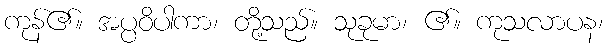
ကုန်၏။ အပ္ပဝိပါကာ၊ တို့သည်။ သုခုမာ၊ ၏။ ကုသလာပန၊